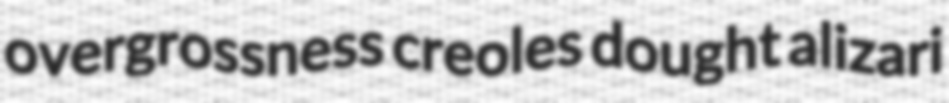
overgrossness creoles dought alizari